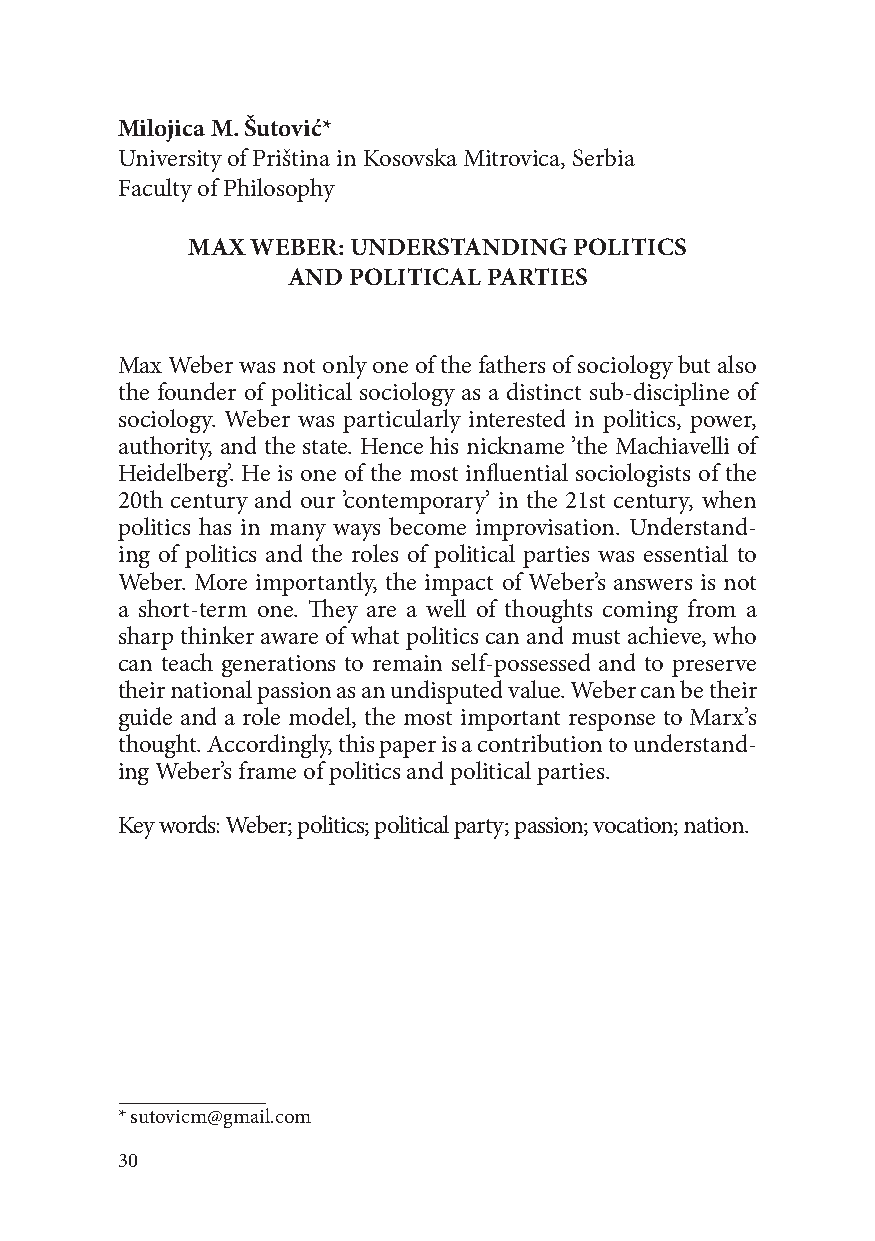
Milojica M. Šutović*
 University of Priština in Kosovska Mitrovica, Serbia
 Faculty of Philosophy
 MAX  WEBER: UNDERSTANDING POLITICS
 AND POLITICAL PARTIES
 Max Weber was not only one of the fathers of sociology but also
 the founder of political sociology as a distinct sub-discipline of
 sociology. Weber was particularly interested in politics, power,
 authority, and the state. Hence his nickname ’the Machiavelli of
 Heidelberg’. He is one of the most influential sociologists of the
 20th century and our ’contemporary’ in the 21st century, when
 politics has in many ways become improvisation. Understand-
 ing of politics and the roles of political parties was essential to
 Weber. More importantly, the impact of Weber’s answers is not
 a short-term one. They are a well of thoughts coming from a
 sharp thinker aware of what politics can and must achieve, who
 can teach generations to remain self-possessed and to preserve
 their national passion as an undisputed value. Weber can be their
 guide and a role model, the most important response to Marx’s
 thought. Accordingly, this paper is a contribution to understand-
 ing Weber’s frame of politics and political parties.
 Key words: Weber; politics; political party; passion; vocation; nation.
 * sutovicm@gmail.com
 30